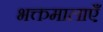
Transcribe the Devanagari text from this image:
भक्तमालाएँ